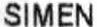
SIMEN